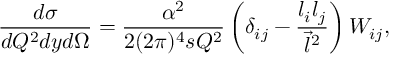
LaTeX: \frac { d \sigma } { d Q ^ { 2 } d y d \Omega } = \frac { \alpha ^ { 2 } } { 2 ( 2 \pi ) ^ { 4 } s Q ^ { 2 } } \left( \delta _ { i j } - \frac { l _ { i } l _ { j } } { { \vec { l } } ^ { 2 } } \right) W _ { i j } ,